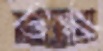
তির্থী